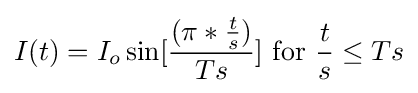
I(t)=I_{o}\sin[{(\pi *{t \over s}) \over Ts}]{\text{ for }}{t \over s}\leq Ts